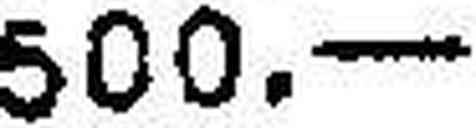
500.—